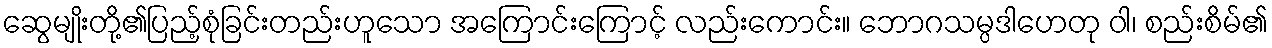
ဆွေမျိုးတို့၏ပြည့်စုံခြင်းတည်းဟူသော အကြောင်းကြောင့် လည်းကောင်း။ ဘောဂသမ္ပဒါဟေတု ဝါ၊ စည်းစိမ်၏